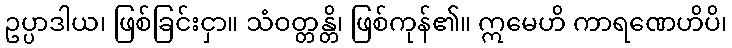
ဥပ္ပာဒါယ၊ ဖြစ်ခြင်းငှာ။ သံဝတ္တန္တိ၊ ဖြစ်ကုန်၏။ ဣမေဟိ ကာရဏေဟိပိ၊